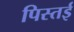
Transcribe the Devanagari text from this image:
पिस्तई